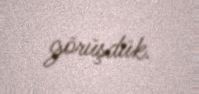
görüşdük.